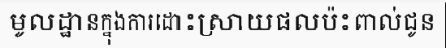
មូលដ្ឋានក្នុងការដោះស្រាយផលប៉ះពាល់ជូន